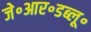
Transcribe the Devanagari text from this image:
जे॰आर॰डब्लू॰